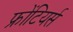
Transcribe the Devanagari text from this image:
फ्रोंटियर्स